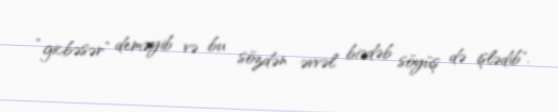
“gicbəsər” deməyib və bu sözdən əvvəl biədəb söyüş də işlədib".